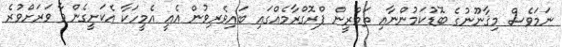
ނަމަވެސް މިޤާނޫނުގެ ބޮޑުކަމުންނާއި ތަމްރީން ޕްރޮގްރާމެއްގައި ބައިވެރިވުން އެއީ އެމީހަކާ އެކަށީގެންވާ ވަރަށްވުރެ